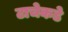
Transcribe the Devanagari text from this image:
टाचेकडे